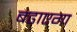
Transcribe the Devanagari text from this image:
बढाएगा